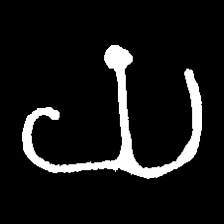
Pyu character \u2014 Myanmar letter: ယ (romanized: ya)